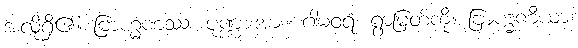
အလိုရှိ၏။ ဗြာဟ္မဏဿ၊ ပုဏ္ဏားအား။ ဂါမဝရံ၊ ရွာမြတ်ကို။ ဗြာဟ္မဏီယာ၊